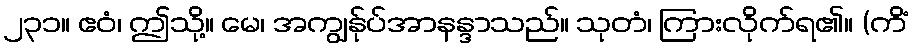
၂၃၁။ ဧဝံ၊ ဤသို့။ မေ၊ အကျွန်ုပ်အာနန္ဒာသည်။ သုတံ၊ ကြားလိုက်ရ၏။ (ကိံ